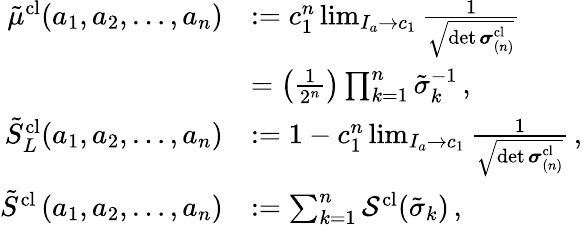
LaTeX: \begin{array}{rl}{\tilde{\mu}^{\mathrm{cl}}(a_{1},a_{2},\dots,a_{n})}&{:=c_{1}^{n}\operatorname*{lim}_{I_{a}\to c_{1}}\frac{1}{\sqrt{\operatorname*{det}\boldsymbol{\sigma}_{(n)}^{\mathrm{cl}}}}}\\ &{=\left(\frac{1}{2^{n}}\right)\prod_{k=1}^{n}\tilde{\sigma}_{k}^{-1}\, ,}\\ {\tilde{S}_{L}^{\textrm{cl}}(a_{1},a_{2},\dots,a_{n})}&{:=1-c_{1}^{n}\operatorname*{lim}_{I_{a}\to c_{1}}\frac{1}{\sqrt{\operatorname*{det}\boldsymbol{\sigma}_{(n)}^{\mathrm{cl}}}}\, ,}\\ {\tilde{S}^{\textrm{cl}}\left(a_{1},a_{2},\dots,a_{n}\right)}&{:=\sum_{k=1}^{n}\mathcal{S}^{\textrm{cl}}(\tilde{\sigma}_{k})\, ,}\end{array}